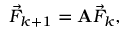
{ \vec { F } } _ { k + 1 } = \mathbf { A } { \vec { F } } _ { k } ,